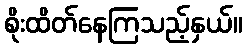
စိုးထိတ်နေကြသည့်နှယ်။